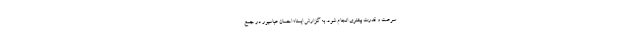
سرعت و قدرت بیشتری انجام شود. به گزارش ایسنا؛ احسان عباسپور در جمع